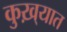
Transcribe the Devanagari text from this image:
कुख़्यात